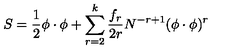
S = \frac 1 2 \phi \cdot \phi + \sum _ { r = 2 } ^ { k } \frac { f _ { r } } { 2 r } N ^ { - r + 1 } ( \phi \cdot \phi ) ^ { r }